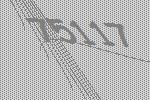
75117